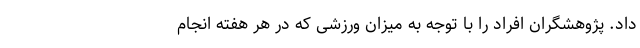
داد. پژوهشگران افراد را با توجه به میزان ورزشی که در هر هفته انجام